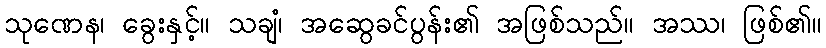
သုဏေန၊ ခွေးနှင့်။ သချံ၊ အဆွေခင်ပွန်း၏ အဖြစ်သည်။ အဿ၊ ဖြစ်၏။